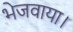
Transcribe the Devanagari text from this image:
भेजवाया।